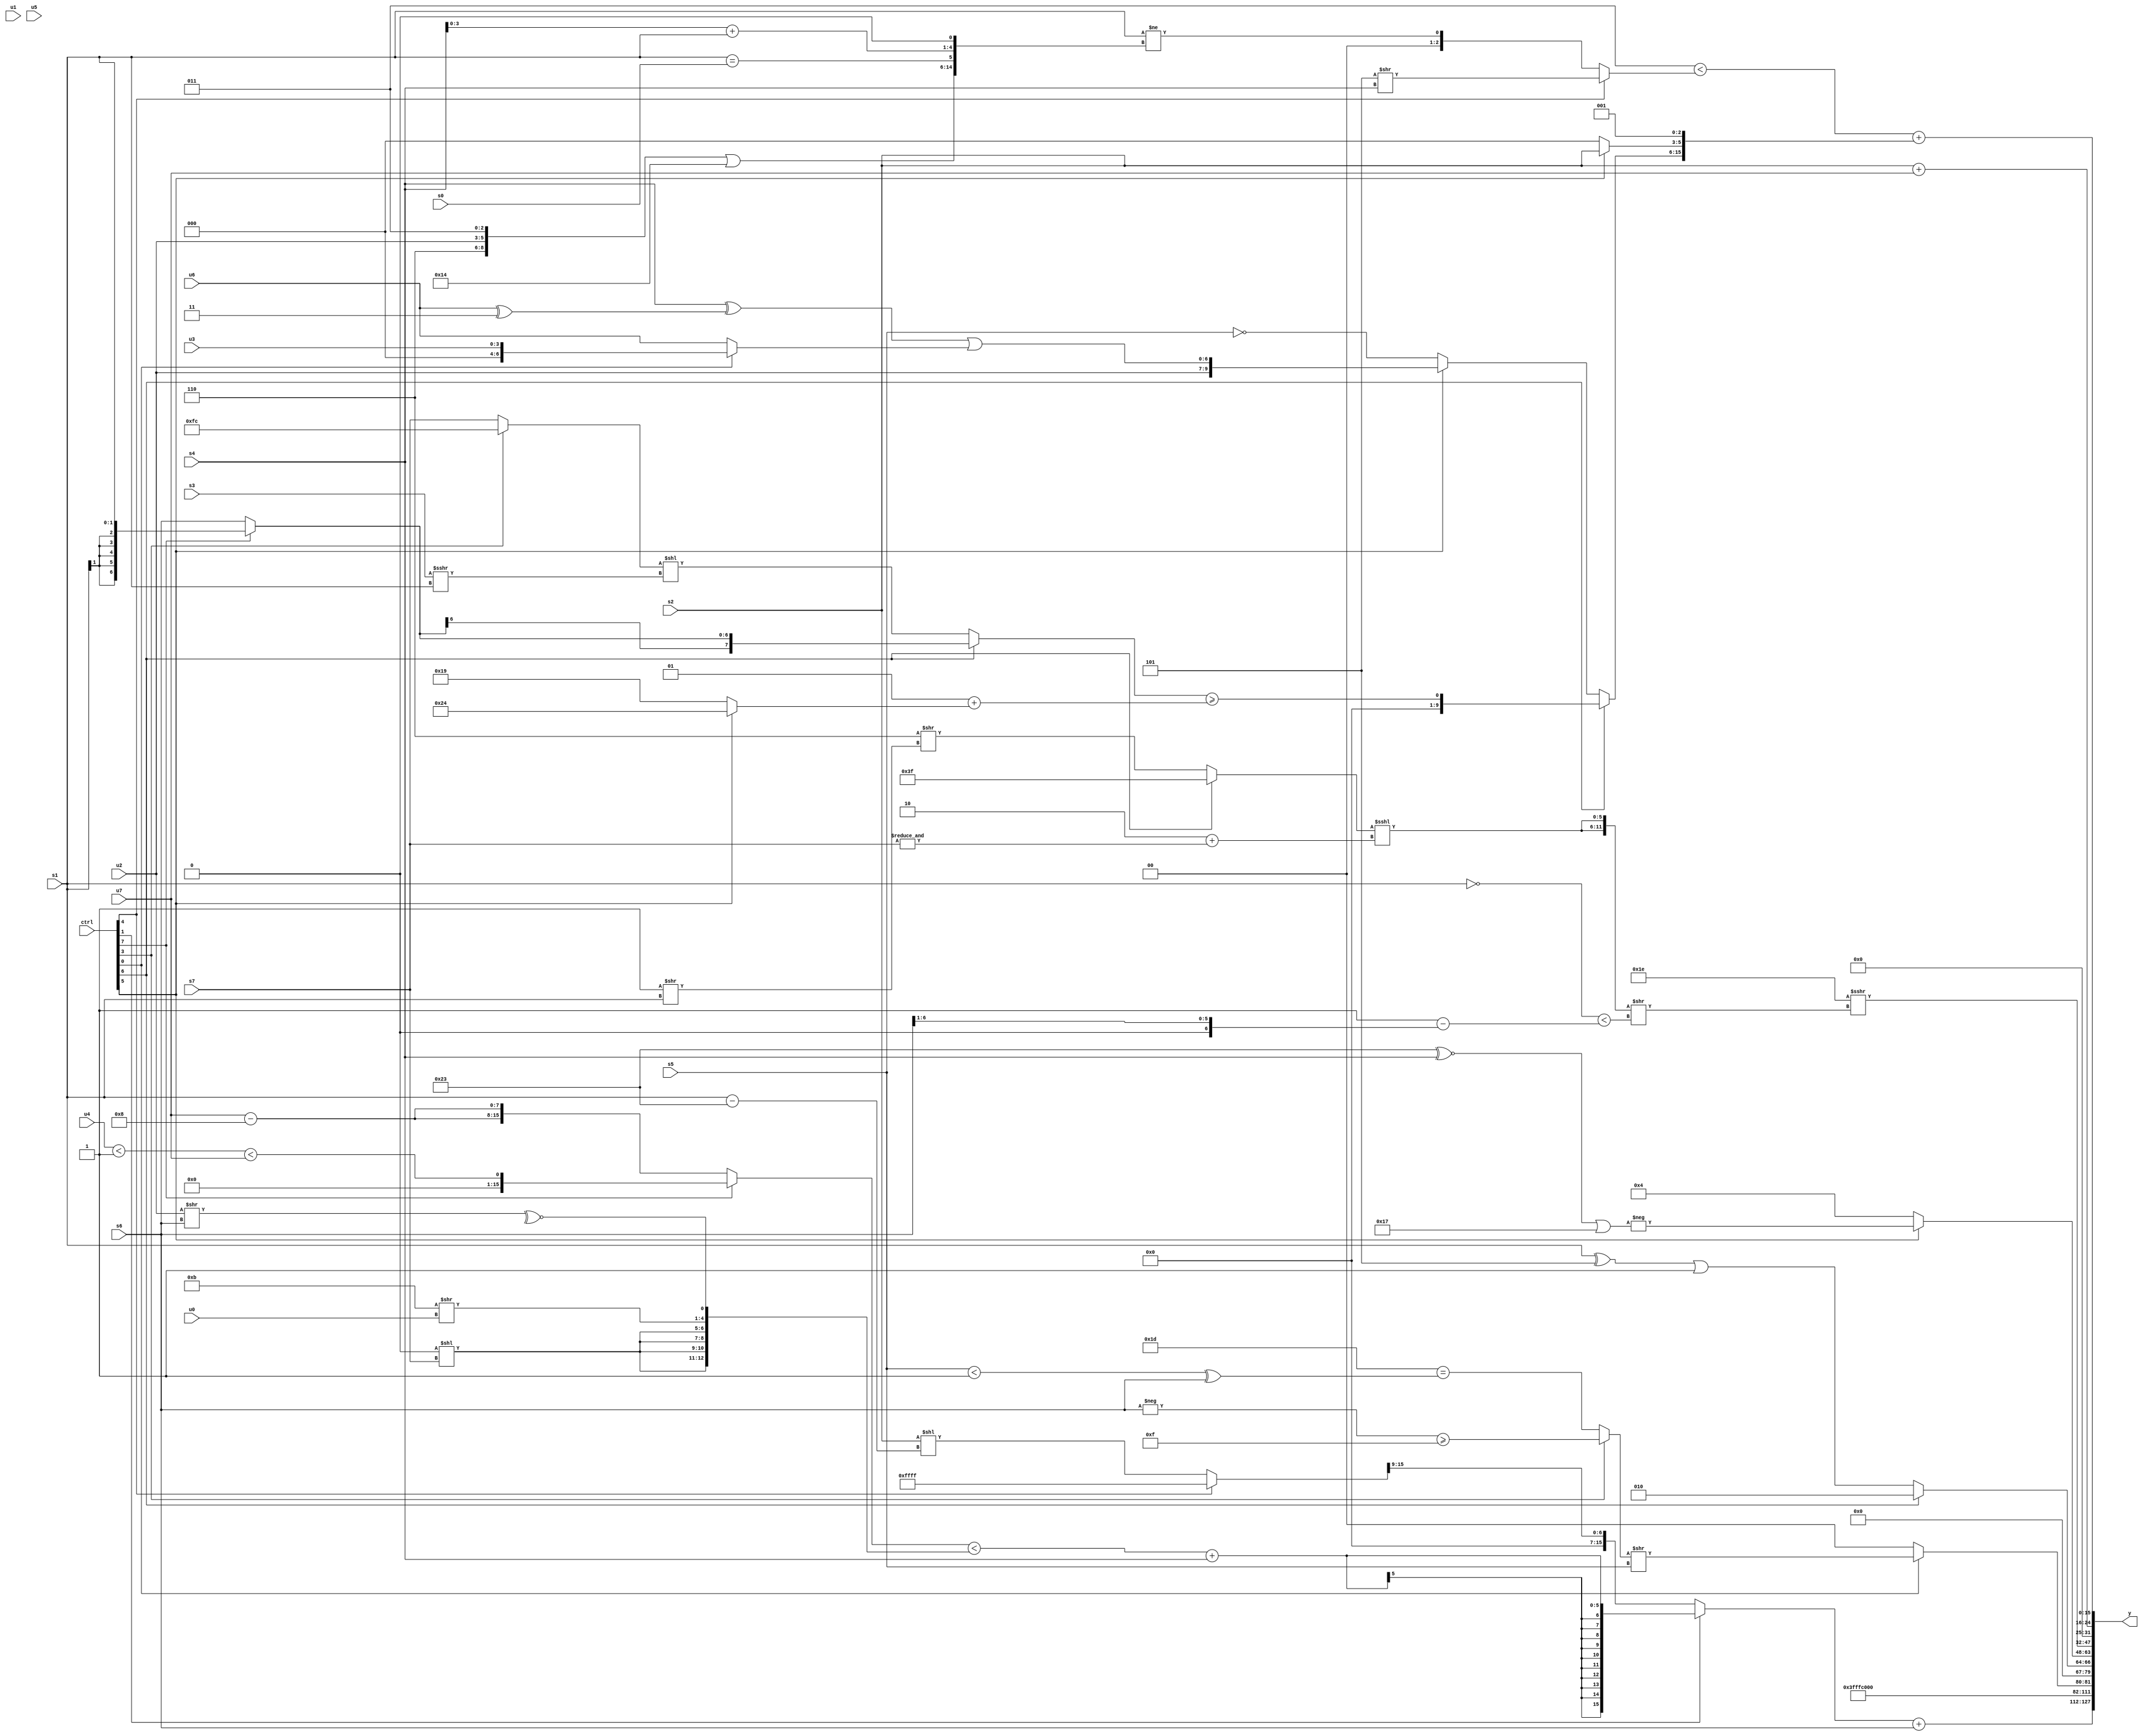
module wideexpr_00103(ctrl, u0, u1, u2, u3, u4, u5, u6, u7, s0, s1, s2, s3, s4, s5, s6, s7, y);
  input [7:0] ctrl;
  input [0:0] u0;
  input [1:0] u1;
  input [2:0] u2;
  input [3:0] u3;
  input [4:0] u4;
  input [5:0] u5;
  input [6:0] u6;
  input [7:0] u7;
  input signed [0:0] s0;
  input signed [1:0] s1;
  input signed [2:0] s2;
  input signed [3:0] s3;
  input signed [4:0] s4;
  input signed [5:0] s5;
  input signed [6:0] s6;
  input signed [7:0] s7;
  output [127:0] y;
  wire [15:0] y0;
  wire [15:0] y1;
  wire [15:0] y2;
  wire [15:0] y3;
  wire [15:0] y4;
  wire [15:0] y5;
  wire [15:0] y6;
  wire [15:0] y7;
  assign y = {y0,y1,y2,y3,y4,y5,y6,y7};
  assign y0 = ((ctrl[1]?($signed(((ctrl[7]?((u4)<(2'sb01))<($unsigned(u7)):{2{(u7)-(4'sb1000)}}))<({{4{(2'sb00)<<(s7)}},(4'sb1011)>>(u0),~^((u2)>>(s6))})))+(s4):((ctrl[1]?4'sb0010:(ctrl[4]?$signed($signed({2'sb11})):(s2)<<(($signed(s1))-(6'sb100011)))))>>((3'sb110)-(5'sb10101))))+(s6);
  assign y1 = -(4'sb0001);
  assign y2 = {(ctrl[0]?({(ctrl[3]?(-(s6))>=(5'sb01111):(5'sb11101)==($unsigned(((s5)<(1'sb1))^(s6))))})>>(s5):2'b00)};
  assign y3 = (ctrl[6]?$signed(3'sb010):((+({1{s1}}))^(+((3'b101)>>>(1'sb0))))|(2'sb01));
  assign y4 = (ctrl[5]?-(((6'sb100011)^~(s4))|((6'sb110111)<<<($unsigned(2'sb00)))):4'sb0100);
  assign y5 = (5'b11110)>>>(({2{((ctrl[6]?6'sb111111:(+(4'b0110))>>((1'sb1)>>(s1))))<<<($unsigned((2'sb10)+(&(s7))))}})>>((~($signed(s1)))<({1{((2'sb11)<<(+(2'sb00)))-(((s6)>>(3'b001))>>>((4'sb1000)<<(4'sb1010)))}})));
  assign y6 = (s2)+(u7);
  assign y7 = (($signed($signed(3'sb011)))<($signed((ctrl[4]?($signed(3'sb101))>>(s4):(s1)!=({({2'b11,1'b0,u2,3'sb011})|((5'b10000)^(3'b100)),$unsigned((s1)==(s0)),((s4)+(s1))<<((1'sb0)!=(6'sb011000))})))))+({s4,(ctrl[6]?($signed((ctrl[6]?(ctrl[7]?s1:s6):((ctrl[3]?3'sb100:s7))<<((s3)>>>(s1)))))>=((3'sb001)+((ctrl[5]?6'sb100100:6'sb011001))):(ctrl[5]?{6'sb110011,+($signed($signed(u2))),(($signed(s4))^((u6)^(3'b011)))|((ctrl[0]?(ctrl[0]?u3:u4):$unsigned(u6)))}:~(s5))),(ctrl[5]?$signed(s2):^($signed($signed(3'b000)))),3'sb001});
endmodule